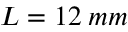
L = 1 2 \: m m